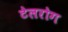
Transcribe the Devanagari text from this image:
टेलरोग